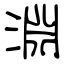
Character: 淵